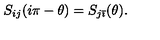
S _ { i j } ( i \pi - \theta ) = S _ { j \bar { \imath } } ( \theta ) .